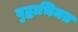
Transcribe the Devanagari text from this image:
बुद्धाभिमत